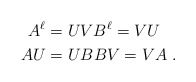
\begin{align*}A^{\ell} &= UV B^{\ell}=VU \\AU &= UB BV = VA \ .\end{align*}